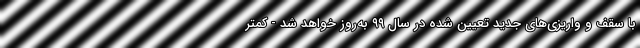
با سقف و واریزی‌های جدید تعیین شده در سال ۹۹ به‌روز خواهد شد - کمتر